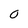
Character: O